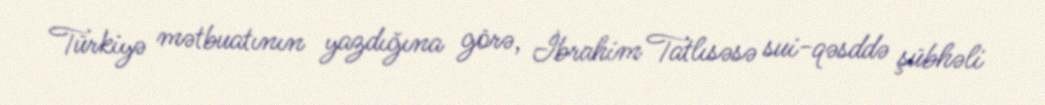
Türkiyə mətbuatının yazdığına görə, İbrahim Tatlısəsə sui-qəsddə şübhəli